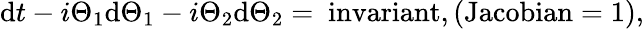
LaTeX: \mathrm{d}t-i\Theta_{1}\mathrm{d}\Theta_{1}-i\Theta_{2}\mathrm{d}\Theta_{2}=\mathrm{{~invariant}},(\mathrm{{Jacobian}}=1),